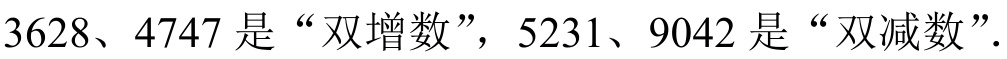
\(3628、4747\)是“双增数”，\(5231、9042\)是“双减数”.